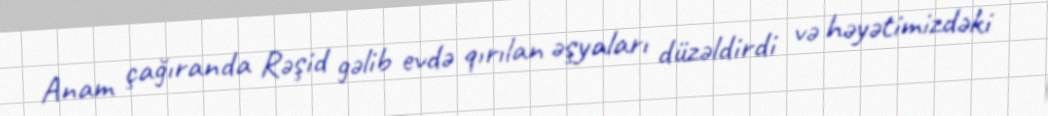
Anam çağıranda Rəşid gəlib evdə qırılan əşyaları düzəldirdi və həyətimizdəki